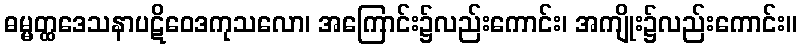
ဓမ္မတ္ထဒေသနာပဋိဝေဒကုသလော၊ အကြောင်း၌လည်းကောင်း၊ အကျိုး၌လည်းကောင်း။